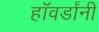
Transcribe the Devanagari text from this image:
हॉवर्डांनी